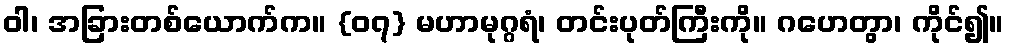
ဝါ၊ အခြားတစ်ယောက်က။ {၀၇} မဟာမုဂ္ဂရံ၊ တင်းပုတ်ကြီးကို။ ဂဟေတွာ၊ ကိုင်၍။